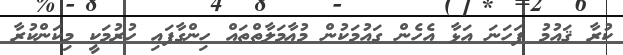
ކުރާ ޤައުމު ފަހަނަ އަޅާ އެހެން ގައުމަކުން މުޢާމަލާތްތައް ހިންގާފައި ހުރުމަކީ މިކަންކުރާ